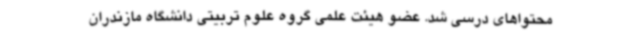
محتواهای درسی شد. عضو هیئت علمی گروه علوم تربیتی دانشگاه مازندران